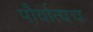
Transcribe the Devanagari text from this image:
पौर्वात्यच